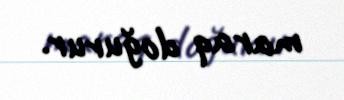
maraq doğurur.